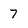
Character: 7